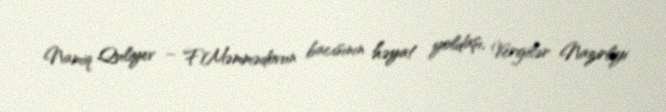
Namiq Quliyev – F.Məmmədovun bacısının həyat yoldaşı, Vergilər Nazirliyi